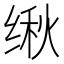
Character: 𬘴